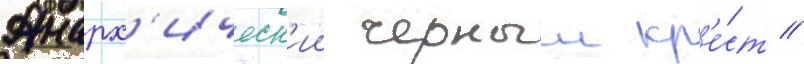
Анарх'ическ'ии черныи кр'е́ст //